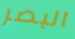
البصر